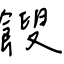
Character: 餿